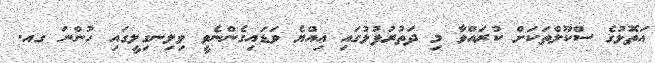
އަތޮޅުގެ ސްކޫލްތަކަށް ކުރައްވާ މި ދަތުރުފުޅުގައި އިއްޔެ ވަޑައިގެންނެވީ ވިލިނގިލީގައި ހުންނަ ގއ.